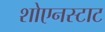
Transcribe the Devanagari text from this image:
शोएनस्टाट